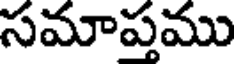
సమాప్తము